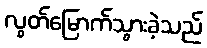
လွတ်မြောက်သွားခဲ့သည်